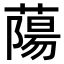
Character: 𫉤